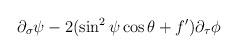
LaTeX: \begin{align*}\partial_{\sigma}\psi - 2(\sin^2\psi\cos\theta + f')\partial_{\tau}\phi\end{align*}